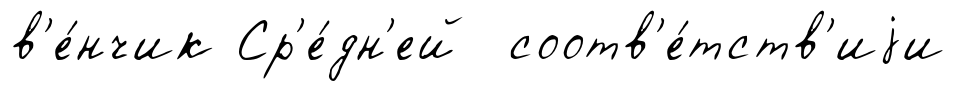
в'е́нчик Ср'е́дн'ей соотв'е́тств'иjи